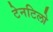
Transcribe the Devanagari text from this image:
टेनटिलो